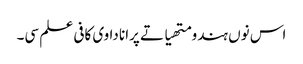
اس نوں ہندو متھیا تے پرانا دا وی کافی علم سی۔